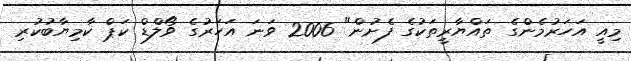
މިއީ އަހަރުމެންގެ ތައްޔާރީތަކުގެ ފެށުން" 2006 ވަނަ އަހަރުގެ ވޯލްޑް ކަޕް ކާމިޔާބުކުރި